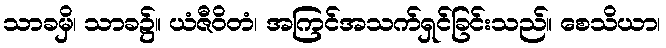
သာခမှိ၊ သာခ၌။ ယံဇီဝိတံ၊ အကြင်အသက်ရှင်ခြင်းသည်။ စေသိယာ၊